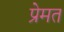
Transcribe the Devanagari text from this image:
प्रेमत